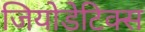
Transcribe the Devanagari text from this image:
जियोडेटिक्स